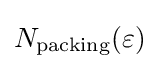
{\textstyle N_{\text{packing}}(\varepsilon )}